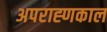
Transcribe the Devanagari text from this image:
अपराह्णकाल